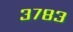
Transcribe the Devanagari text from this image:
३७८३